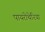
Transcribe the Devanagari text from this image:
पायरोथेरिया